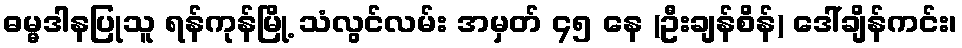
ဓမ္မဒါနပြုသူ ရန်ကုန်မြို့ သံလွင်လမ်း အမှတ် ၄၅ နေ (ဦးချန်စိန်) ဒေါ်ချိန်ကင်း၊